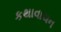
કથાવાચન